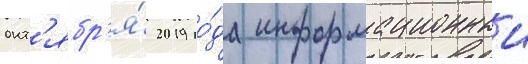
окт'ябр'я́ 2019 го́да информационныи